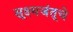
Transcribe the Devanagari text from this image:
सूक्ष्मजंतूचे